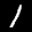
Label: 1